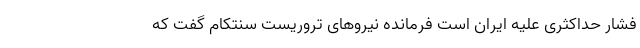
فشار حداکثری علیه ایران است فرمانده نیروهای تروریست‌ سنتکام گفت که